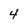
Character: 4